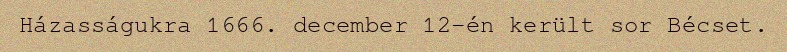
Házasságukra 1666. december 12-én került sor Bécset.